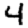
Digit: 4